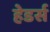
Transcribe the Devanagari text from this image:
हेडर्स